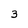
Character: 3